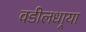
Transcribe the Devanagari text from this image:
वडीलधार्‍या